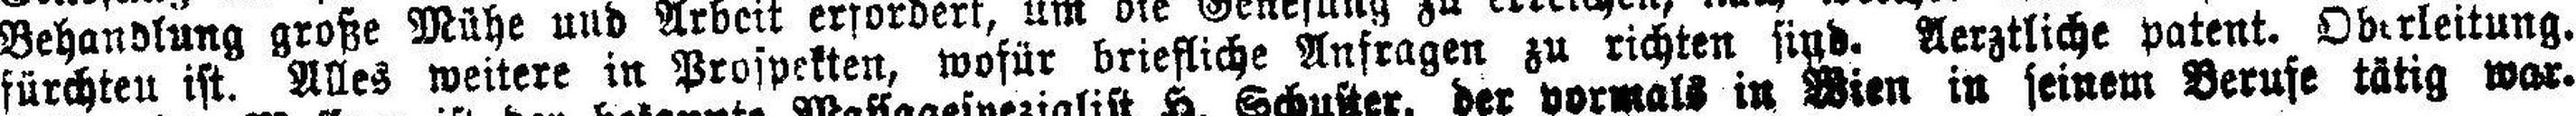
fürchten ist. Alles weitere in Prospekten, wofür briefliche Anfragen zu richten sind. Aerztliche patent. Oberleitung.